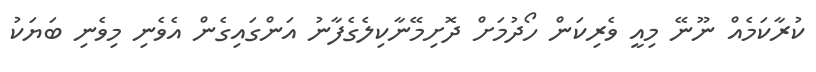
ކުރާކަމެއް ނޫނޭ މިއީ ވެރިކަން ހޯދުމަށް ދޮށިމޭނާކިލެގެފާނު އަންގައިގެން އެވެނި މިވެނި ބަޔަކު